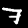
Label: 7